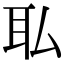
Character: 𫟉